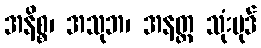
အနိစ္စ၊ အသုဘ၊ အနတ္တ သုံးပုဒ်